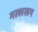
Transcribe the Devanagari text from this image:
मल्लखन